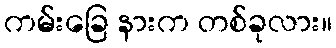
ကမ်းခြေ နားက တစ်ခုလား။